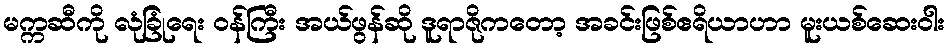
မက္ကဆီကို လုံခြုံရေး ဝန်ကြီး အယ်ဖွန်ဆို ဒူရာဇိုကတော့ အခင်းဖြစ်ဧရိယာဟာ မူးယစ်ဆေးဝါး